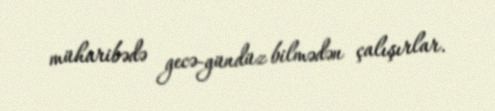
müharibədə gecə-gündüz bilmədən çalışırlar.